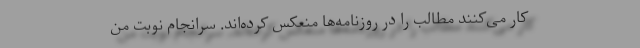
کار می‌کنند مطالب را در روزنامه‌ها منعکس کرده‌اند. سرانجام نوبت من